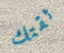
ثقتك